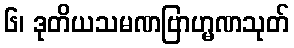
၆၊ ဒုတိယသမဏဗြာဟ္မဏသုတ်